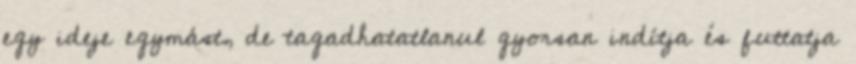
egy ideje egymást, de tagadhatatlanul gyorsan indítja és futtatja